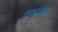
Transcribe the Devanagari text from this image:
लक्षलिंग